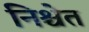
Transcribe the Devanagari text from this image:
निश्चेत